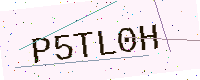
Text: P5TL0H